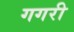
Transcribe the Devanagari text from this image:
गगरी